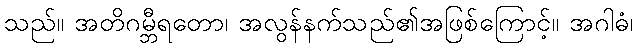
သည်။ အတိဂမ္ဘီရတော၊ အလွန်နက်သည်၏အဖြစ်ကြောင့်။ အဂါဓံ၊